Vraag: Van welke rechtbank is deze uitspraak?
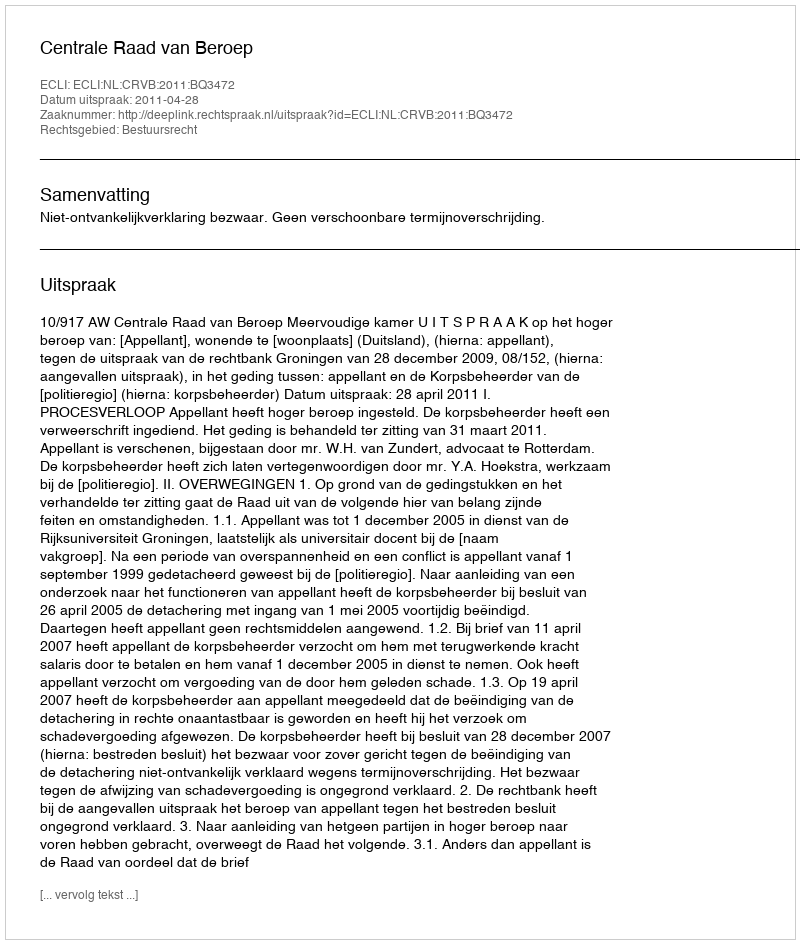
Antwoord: Centrale Raad van Beroep